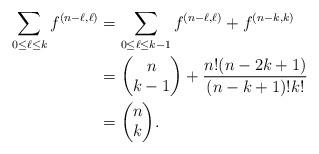
LaTeX: \begin{align*}\displaystyle\sum_{0\leq \ell\leq k} f^{(n-\ell,\ell)} &=\displaystyle\sum_{0\leq \ell\leq k-1} f^{(n-\ell,\ell)}+f^{(n-k,k)} \\&={\begin{pmatrix} n \\ k-1 \end{pmatrix}}+\frac{n!(n-2k+1)}{(n-k+1)!k!} \\&={\begin{pmatrix} n \\ k \end{pmatrix}}.\end{align*}